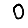
Digit: 0